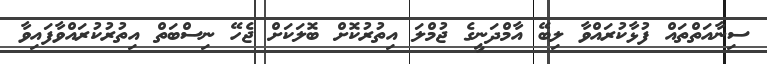
ސިނާއަތްތައް ފުޅާކުރައްވާ ލިބޭ އާމްދަނީގެ ޖުމްލަ އިތުރުކޮށް ބޮލަކަށް ޖެހޭ ނިސްބަތް އިތުރުކުރައްވާފައިވާ